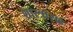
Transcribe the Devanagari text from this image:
शास्त्रांसह